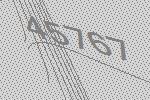
45767